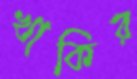
খাকির